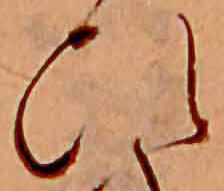
ひ